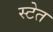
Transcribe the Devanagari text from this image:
स्टेत